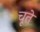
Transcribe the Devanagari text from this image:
चूते